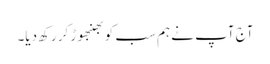
آج آپ نے ہم سب کو بھنبھوڑ کر رکھ دیا۔